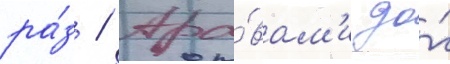
ра́з / тра́вам'и до́